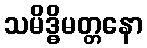
သမိဒ္ဓိမတ္တနော